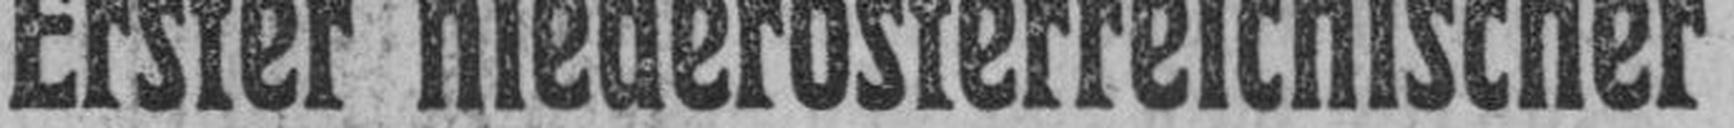
Erster niederösterreichischer